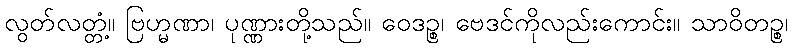
လွတ်လတ္တံ့။ ဗြဟ္မဏာ၊ ပုဏ္ဏားတို့သည်။ ဝေဒဉ္စ၊ ဗေဒင်ကိုလည်းကောင်း။ သာဝိတဉ္စ၊